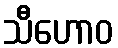
သီဟောဝ